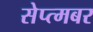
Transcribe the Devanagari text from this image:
सेप्त्मबर